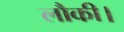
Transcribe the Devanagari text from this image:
लौकी।